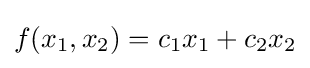
f(x_{1},x_{2})=c_{1}x_{1}+c_{2}x_{2}